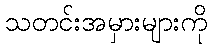
သတင်းအမှားများကို